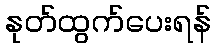
နုတ်ထွက်ပေးရန်